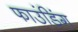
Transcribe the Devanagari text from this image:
फाउंडिंग